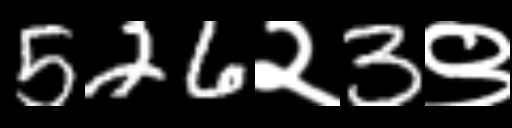
Text: 526२3९